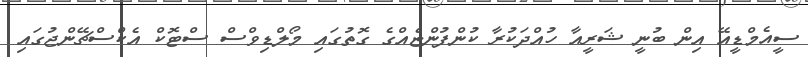
ސީއެމްޑީއޭ އިން ބުނީ ޝަރީއާ ހުއްދަކުރާ ކުންފުންޏެއްގެ ގޮތުގައި މޯލްޑިވްސް ސްޓޮކް އެކްސްޗޭންޖުގައި